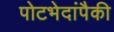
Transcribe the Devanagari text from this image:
पोटभेदांपैकी